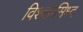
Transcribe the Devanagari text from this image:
विश्वप्रसिध्द